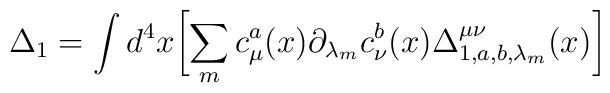
\Delta_1=\int d^4x\biggl[\sum_{m}c_{\mu}^a(x){{\partial}_{{\lambda}_m}} c_{\nu}^b(x)\Delta_{1,a,b,{\lambda}_m}^{\mu\nu}(x)\biggr]